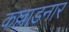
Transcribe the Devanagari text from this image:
कल्लाडनार